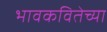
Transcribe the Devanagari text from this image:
भावकवितेच्या